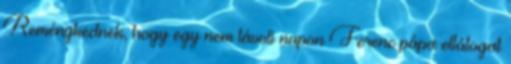
Reménykednek, hogy egy nem távoli napon Ferenc pápa ellátogat